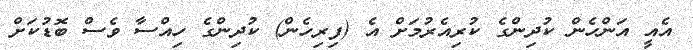
އެއީ އަންހެން ކުދިންގެ ކުރިއެރުމަށް އެ (ފިރިހެން) ކުދިންގެ ހިއްސާ ވެސް ބޮޑުކަށް